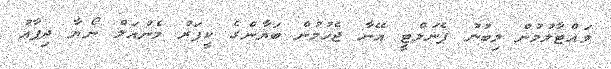
ވައްޓާލުމުން ލިބުނު ޕެނަލްޓީ އޭނާ ޖެހުމުން ބަޔާންގެ ކީޕަރު މެނުއަލް ނޯޔާ ދިފާއު